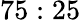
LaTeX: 75:25